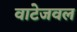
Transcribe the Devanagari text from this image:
वाटेजवल